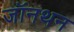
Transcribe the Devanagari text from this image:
जॉनथन